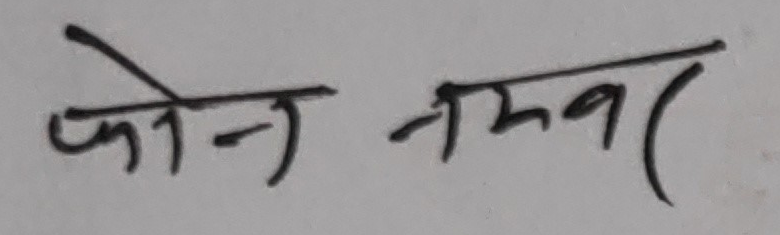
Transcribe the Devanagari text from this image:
फोन नम्बर